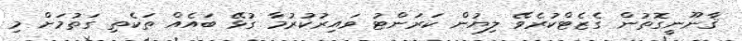
ޤާނޫނީގޮތުން ގެޒެޓްކުރެވޭ ލިޔުން ކަރަންޓު ވައިރުކުރުމާ ގުޅޭ ބައެއް ތަކެތި ގަތުމަށް މި